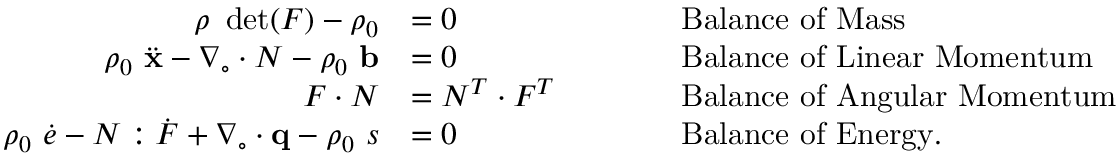
{ \begin{array} { r l r l } { \rho ~ \operatorname* { d e t } ( { \boldsymbol { F } } ) - \rho _ { 0 } } & { = 0 } & & { \qquad { \mathrm { B a l a n c e ~ o f ~ M a s s } } } \\ { \rho _ { 0 } ~ { \ddot { \mathbf { x } } } - { \boldsymbol { \nabla } } _ { \circ } \cdot { \boldsymbol { N } } - \rho _ { 0 } ~ \mathbf { b } } & { = 0 } & & { \qquad { \mathrm { B a l a n c e ~ o f ~ L i n e a r ~ M o m e n t u m } } } \\ { { \boldsymbol { F } } \cdot { \boldsymbol { N } } } & { = { \boldsymbol { N } } ^ { T } \cdot { \boldsymbol { F } } ^ { T } } & & { \qquad { \mathrm { B a l a n c e ~ o f ~ A n g u l a r ~ M o m e n t u m } } } \\ { \rho _ { 0 } ~ { \dot { e } } - { \boldsymbol { N } } : { \dot { \boldsymbol { F } } } + { \boldsymbol { \nabla } } _ { \circ } \cdot \mathbf { q } - \rho _ { 0 } ~ s } & { = 0 } & & { \qquad { \mathrm { B a l a n c e ~ o f ~ E n e r g y . } } } \end{array} }